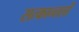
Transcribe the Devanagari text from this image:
सत्कान्तलों